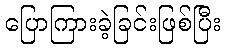
ပြောကြားခဲ့ခြင်းဖြစ်ပြီး